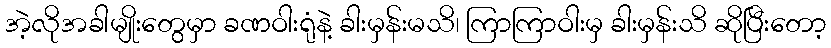
အဲ့လိုအခါမျိုးတွေမှာ ခဏဝါးရုံနဲ့ ခါးမှန်းမသိ၊ ကြာကြာဝါးမှ ခါးမှန်းသိ ဆိုပြီးတော့